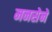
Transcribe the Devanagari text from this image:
मनसेने